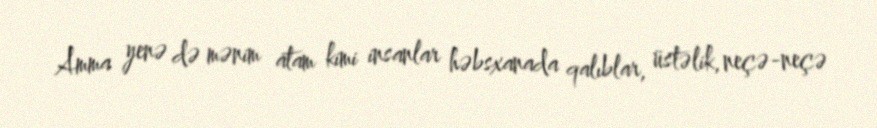
Amma yenə də mənim atam kimi insanlar həbsxanada qalıblar, üstəlik, neçə-neçə